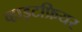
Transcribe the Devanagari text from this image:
व्हाइटफ्रियर